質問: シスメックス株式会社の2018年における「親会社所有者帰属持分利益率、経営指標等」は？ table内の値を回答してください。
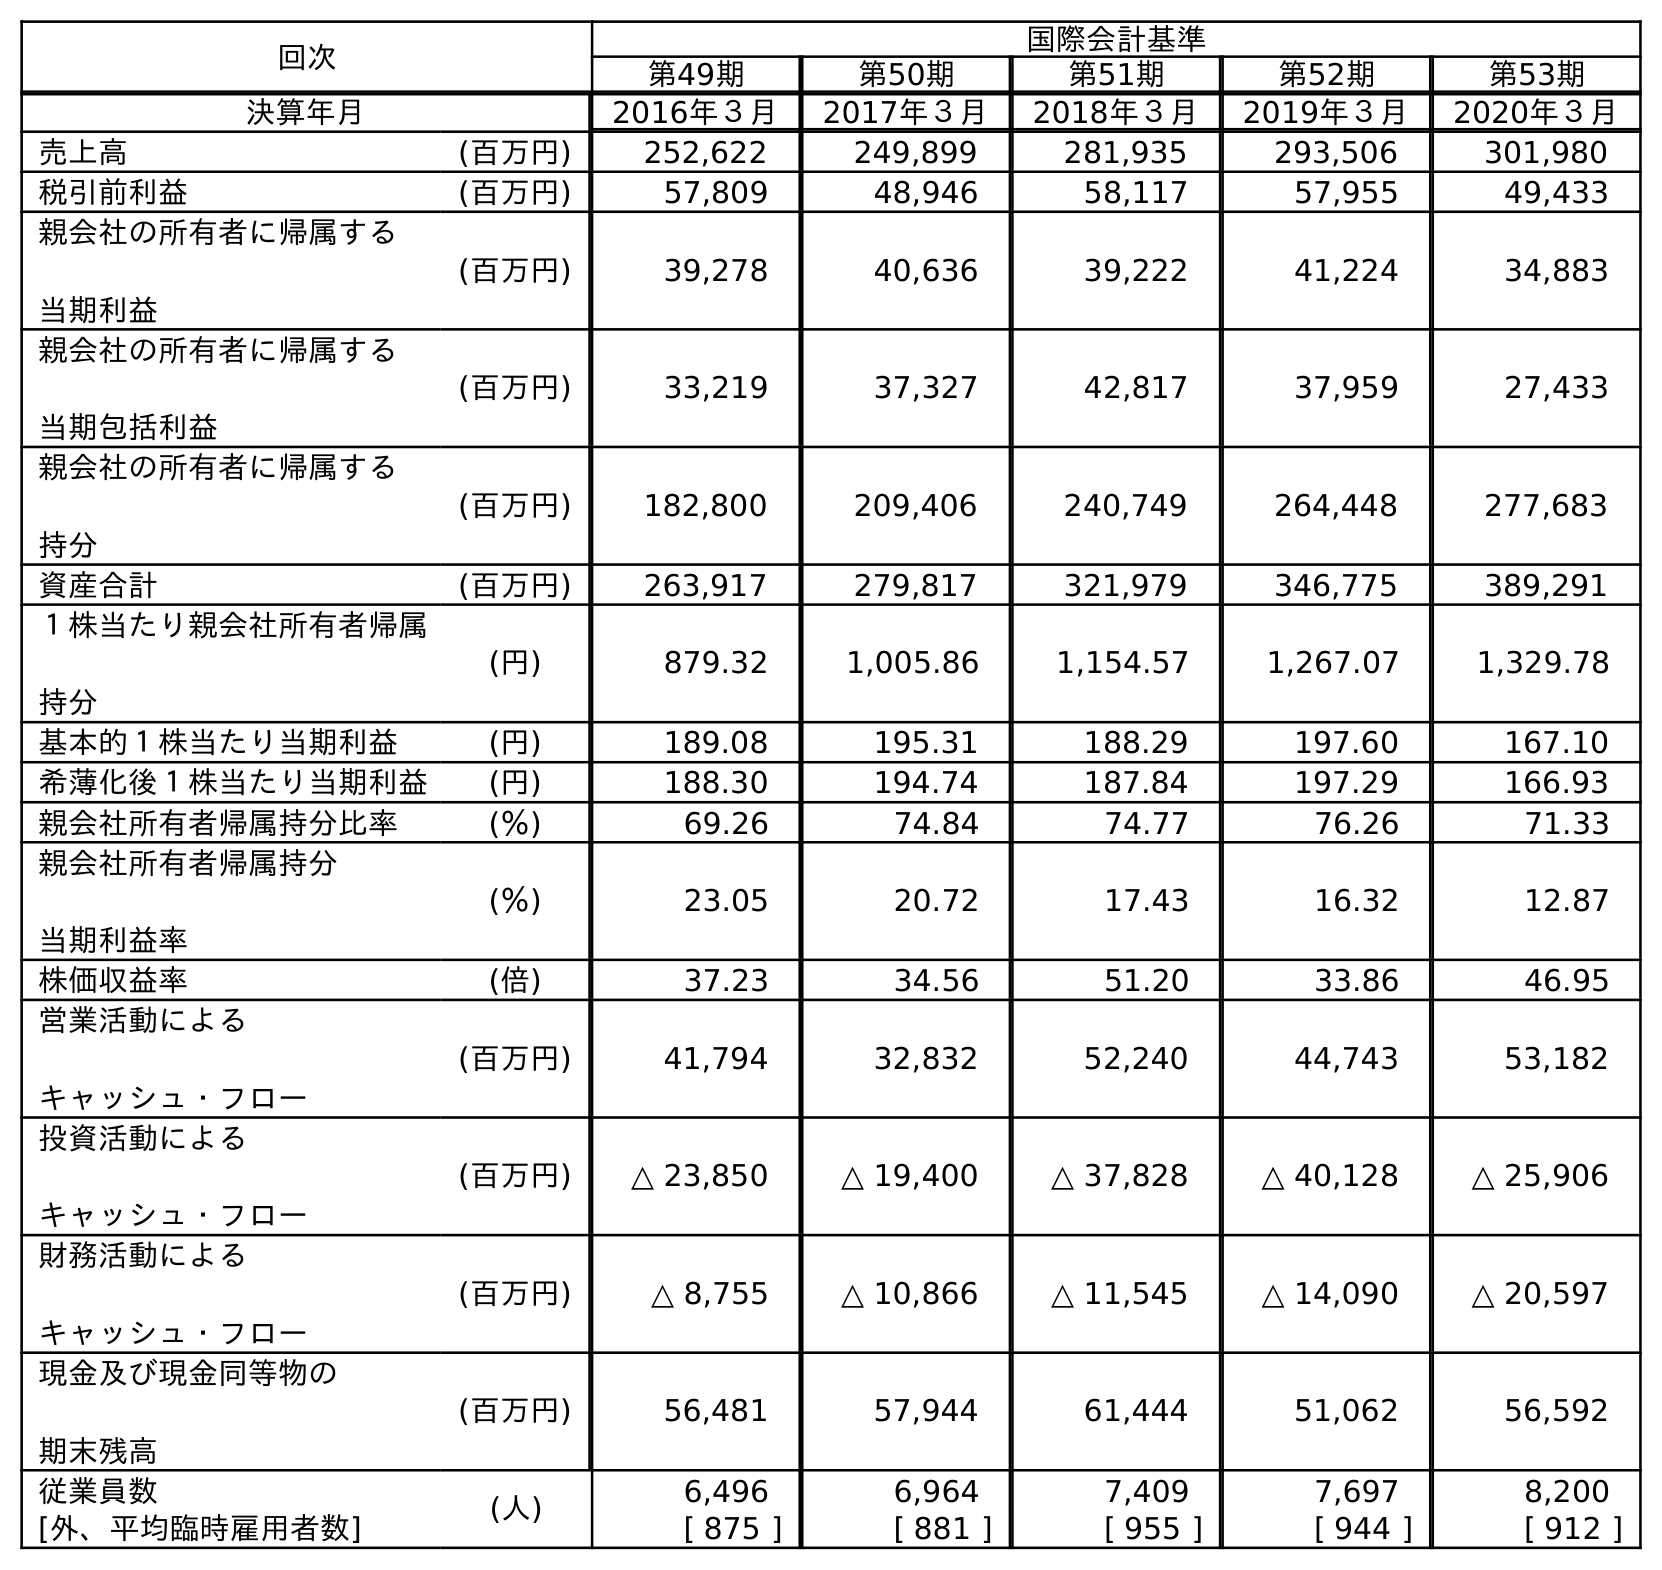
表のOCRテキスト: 回次 国際会計基準 第49期 第50期 第51期 第52期 第53期 決算年月 2016年３月 2017年３月 2018年３月 2019年３月 2020年３月 売上高 (百万円) 252,622 249,899 281,935 293,506 301,980 税引前利益 (百万円) 57,809 48,946 58,117 57,955 49,433 親会社の所有者に帰属する 当期利益 (百万円) 39,278 40,636 39,222 41,224 34,883 親会社の所有者に帰属する 当期包括利益 (百万円) 33,219 37,327 42,817 37,959 27,433 親会社の所有者に帰属する 持分 (百万円) 182,800 209,406 240,749 264,448 277,683 資産合計 (百万円) 263,917 279,817 321,979 346,775 389,291 １株当たり親会社所有者帰属 持分 (円) 879.32 1,005.86 1,154.57 1,267.07 1,329.78 基本的１株当たり当期利益 (円) 189.08 195.31 188.29 197.60 167.10 希薄化後１株当たり当期利益 (円) 188.30 194.74 187.84 197.29 166.93 親会社所有者帰属持分比率 (％) 69.26 74.84 74.77 76.26 71.33 親会社所有者帰属持分 当期利益率 (％) 23.05 20.72 17.43 16.32 12.87 株価収益率 (倍) 37.23 34.56 51.20 33.86 46.95 営業活動による キャッシュ・フロー (百万円) 41,794 32,832 52,240 44,743 53,182 投資活動による キャッシュ・フロー (百万円) △ 23,850 △ 19,400 △ 37,828 △ 40,128 △ 25,906 財務活動による キャッシュ・フロー (百万円) △ 8,755 △ 10,866 △ 11,545 △ 14,090 △ 20,597 現金及び現金同等物の 期末残高 (百万円) 56,481 57,944 61,444 51,062 56,592 従業員数 (人) 6,496 6,964 7,409 7,697 8,200 [外、平均臨時雇用者数] [ 875 ] [ 881 ] [ 955 ] [ 944 ] [ 912 ]
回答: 17.43